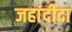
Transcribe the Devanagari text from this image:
जहांदीदा